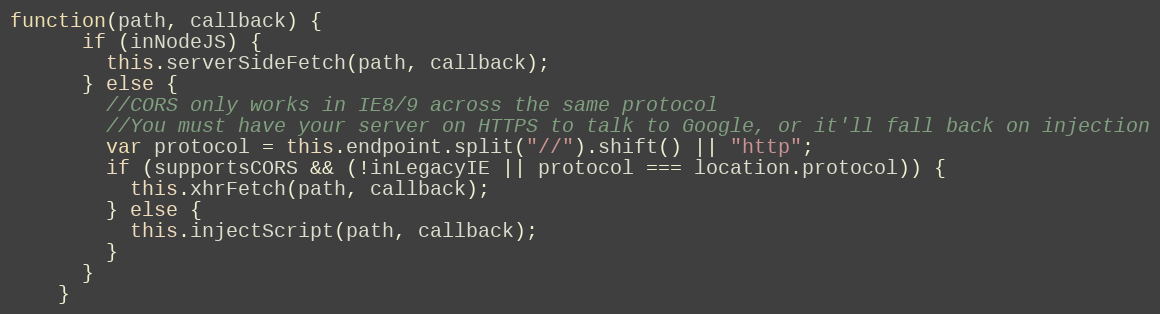
Language: JavaScript
function(path, callback) {
      if (inNodeJS) {
        this.serverSideFetch(path, callback);
      } else {
        //CORS only works in IE8/9 across the same protocol
        //You must have your server on HTTPS to talk to Google, or it'll fall back on injection
        var protocol = this.endpoint.split("//").shift() || "http";
        if (supportsCORS && (!inLegacyIE || protocol === location.protocol)) {
          this.xhrFetch(path, callback);
        } else {
          this.injectScript(path, callback);
        }
      }
    }